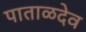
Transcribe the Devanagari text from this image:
पाताळदेव